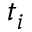
t _ { i }